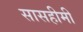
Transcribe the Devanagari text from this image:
सासहीमी